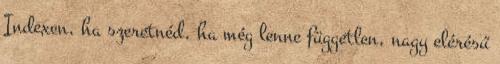
Indexen, ha szeretnéd, ha még lenne független, nagy elérésű